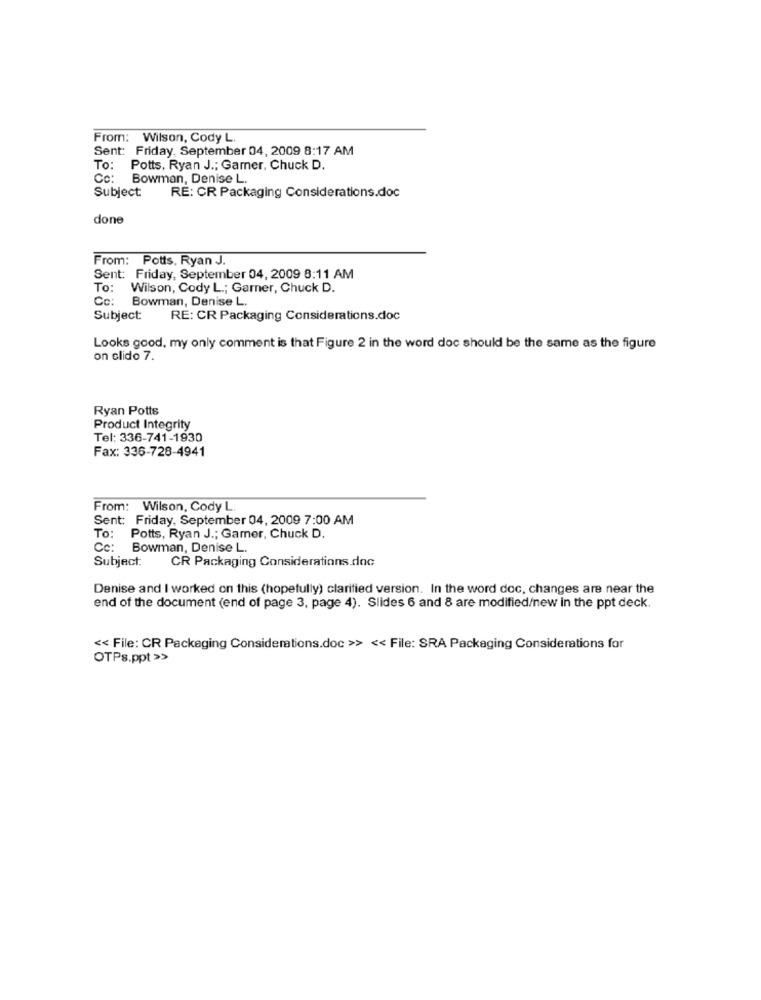
From: Wilson, Cody L.
Sent: Friday, September 04, 2009 8:17 AM
To: Potts, Ryan J .; Gamer, Chuck D.
Co:
Bowman, Denise L.
Subject
RE: CR Packaging Considerations.doc
done
From: Potts. Ryan J.
Sent: Friday, September 04, 2009 8:11 AM
To:
Wilson, Cody L .; Garner, Chuck D.
Cc:
Bowman, Denise L.
Subject:
RE: CR Packaging Considerations.doc
Looks good, my only comment is that Figure 2 in the word doc should be the same as the figure
on elido 7.
Ryan Potts
Product Integrity
Tel: 336-741-1930
Fax: 336-728-4941
From: Wilson, Cody L.
Sent: Friday, September 04, 2009 7:00 AM
To:
Potts, Ryan J .; Gamer, Chuck D.
Cc: Bowman, Denise L.
Subject:
CR Packaging Considerations.doc
Denise and I worked on this (hopefully) clarified version. In the word doc, changes are near the
end of the document (end of page 3, page 4). Slides 6 and 8 are modified/new in the ppt deck.
<< File: CR Packaging Considerations.doc >> << File: SRA Packaging Considerations for
OTPs.ppt >>